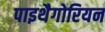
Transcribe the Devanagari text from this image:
पाइथैगोरियन